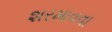
શરમાવવા